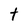
Character: t